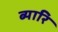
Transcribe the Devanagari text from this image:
ब्यारि